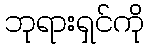
ဘုရားရှင်ကို